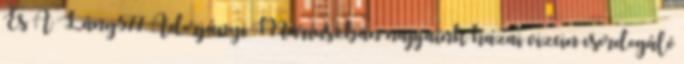
És A Lány577 Adorjányi Máriuszban napjaink hazai vizein csordogáló